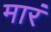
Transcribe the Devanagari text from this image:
मारं